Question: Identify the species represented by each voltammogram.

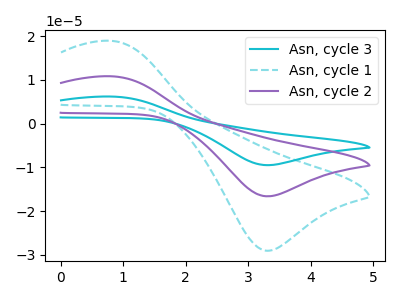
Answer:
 <answer>The cyan curve is labeled "Asn, cycle 3". The cyan dashed curve is labeled "Asn, cycle 1". The purple curve is labeled "Asn, cycle 2".</answer>
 <eval></eval>